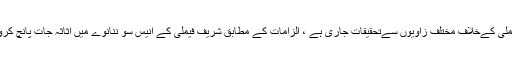
خیال رہے منی لانڈرنگ اورا?مدن سےزائد اثاثوں پر شریف فیملی کےخلاف مختلف زاویوں سےتحقیقات جاری ہے ، الزامات کے مطابق شریف فیملی کے انیس سو ننانوے میں اثاثہ جات پانچ کروڑچھتیس لاکھ تھے،اب ان کی دولت سواتین ارب کیسےہوگئی؟